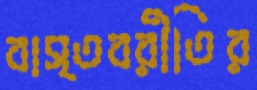
বাস্তবরীতির